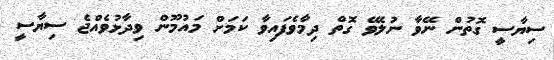
ސިޔާސީ ގޮތުން ނޭވާ ނުލެވޭ ގޮތް ދިމާވެފައިވާ ކަމަށް މައުމޫން ވިދާޅުވެއްޖެ ސިޔާސީ